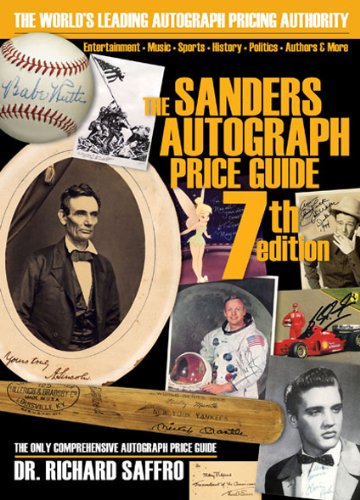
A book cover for The Sanders Autograph Price Guide; Richard Saffro; Crafts, Hobbies & Home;